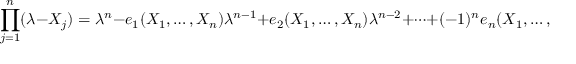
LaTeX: \prod _ { j = 1 } ^ { n } ( \lambda - X _ { j } ) = \lambda ^ { n } - e _ { 1 } ( X _ { 1 } , \ldots , X _ { n } ) \lambda ^ { n - 1 } + e _ { 2 } ( X _ { 1 } , \ldots , X _ { n } ) \lambda ^ { n - 2 } + \cdots + ( - 1 ) ^ { n } e _ { n } ( X _ { 1 } , \ldots , X _ { n } ) .